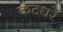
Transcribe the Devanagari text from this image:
कटधरे